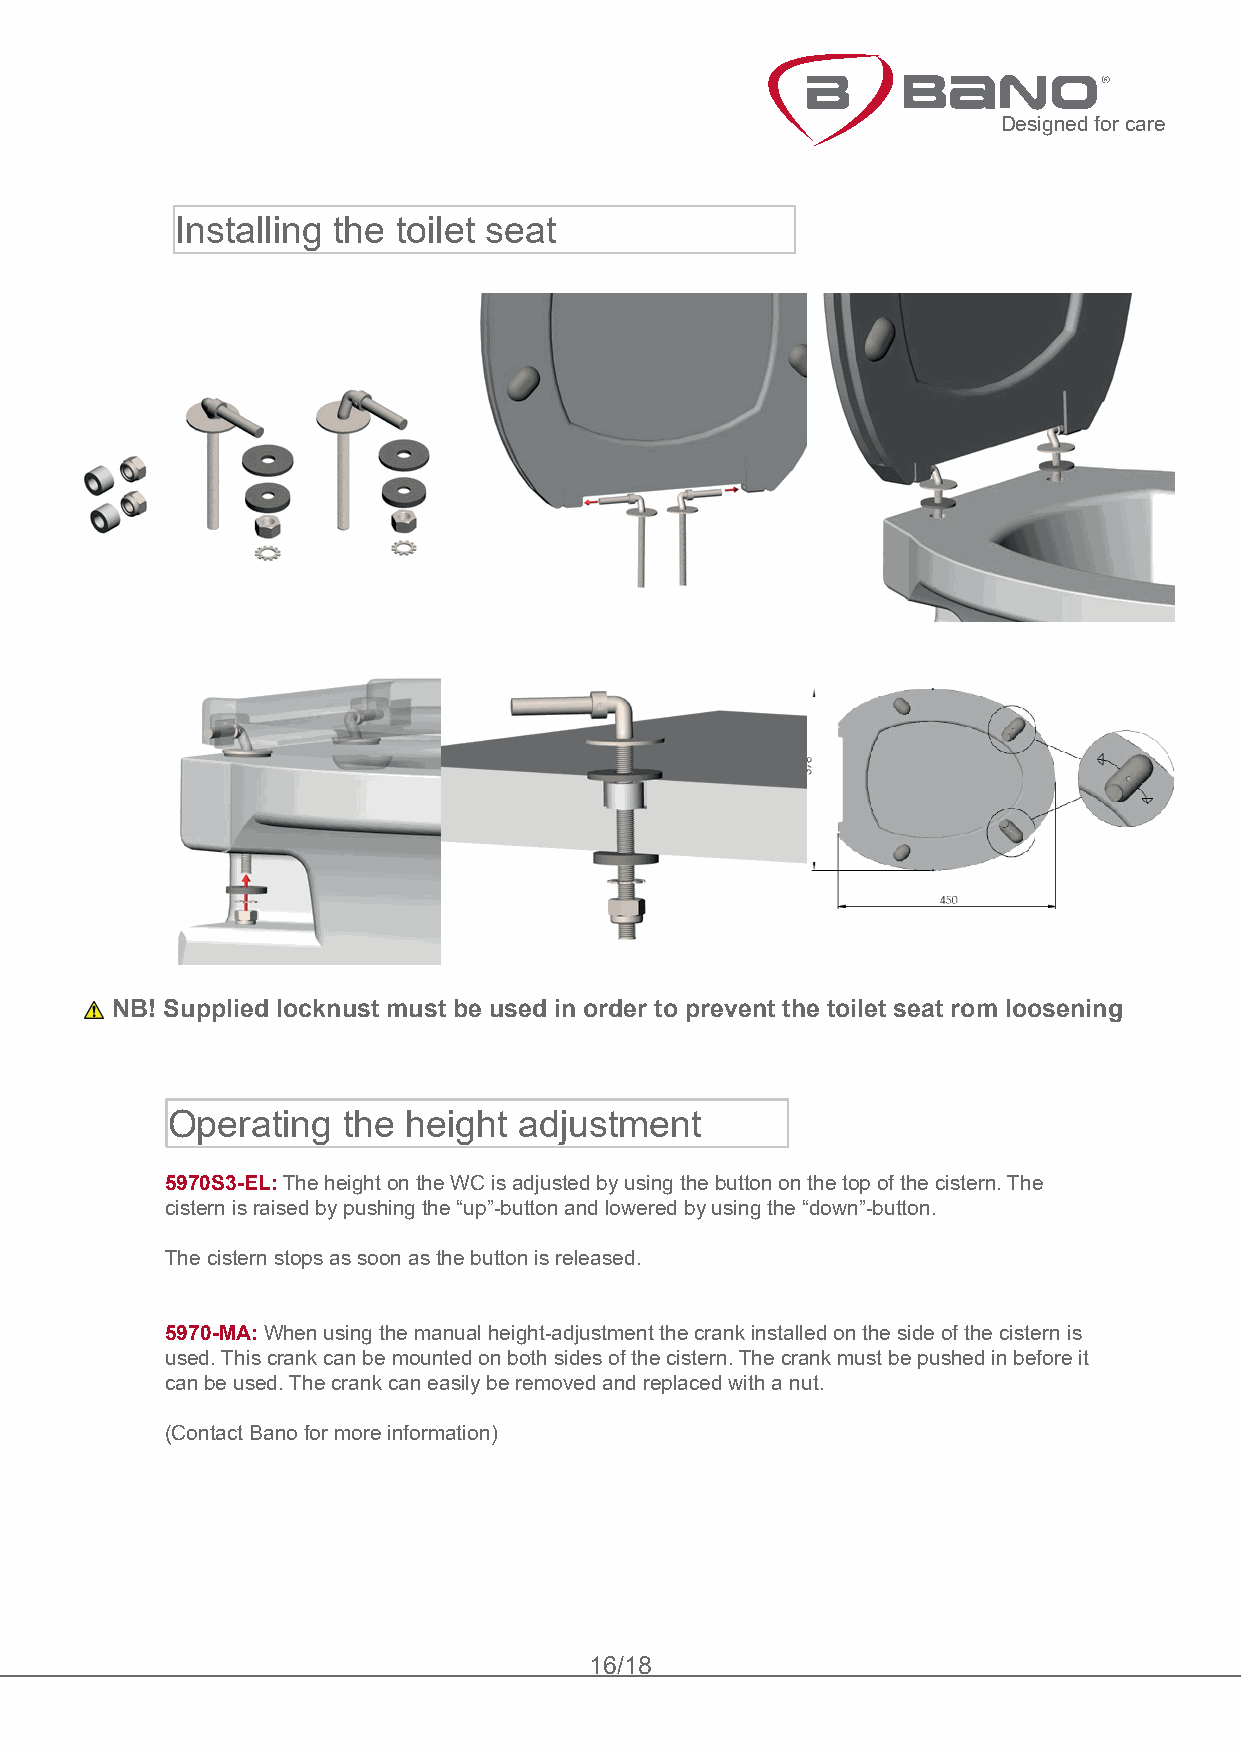
Designed for care
 Installing the toilet seat
 NB! Supplied locknust must be used in order to prevent the toilet seat rom loosening
 Operating   the height adjustment
 5970S3-EL: The height on the WC is adjusted by using the button on the top of the cistern. The
 cistern is raised by pushing the “up”-button and lowered by using the “down”-button.
 The cistern stops as soon as the button is released.
 5970-MA: When using the manual height-adjustment the crank installed on the side of the cistern is
 used. This crank can be mounted on both sides of the cistern. The crank must be pushed in before it
 can be used. The crank can easily be removed and replaced with a nut.
 (Contact Bano for more information)
 16/18